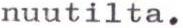
nuutilta.